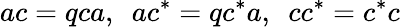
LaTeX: ac=qca,~~ac^{*}=qc^{*}a,~~cc^{*}=c^{*}c